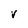
Character: V